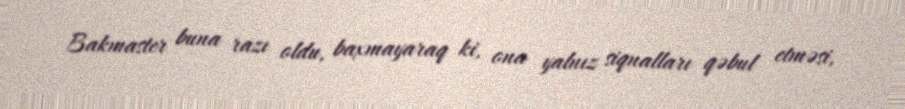
Bakmaster buna razı oldu, baxmayaraq ki, ona yalnız siqnalları qəbul etməsi,